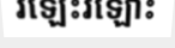
រឡេះរឡោះ